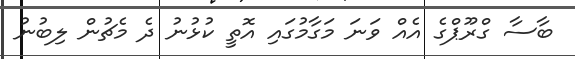
ބާސާ ގްރޫޕްގެ އެއް ވަނަ މަގާމުގައި އޮތީ ކުޅުނު ދެ މެޗުން ލިބުނު